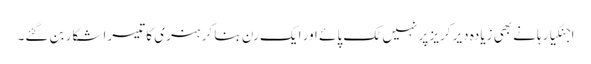
اجنکیا رہانے بھی زیادہ دیر کریز پر نہیں ٹک پائے اور ایک رن بنا کر ہنری کا تیسرا شکار بن گئے۔